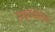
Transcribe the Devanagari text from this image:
साइकैडैलिक